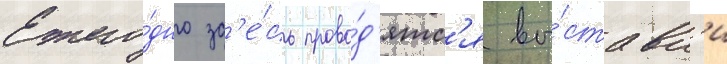
Ежего́дно зд'е́сь прово́д'ятс'я вы́ставк'и